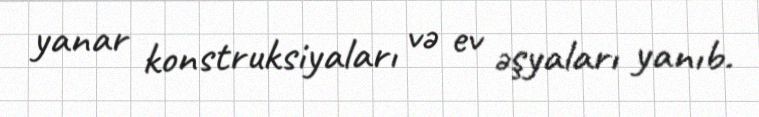
yanar konstruksiyaları və ev əşyaları yanıb.